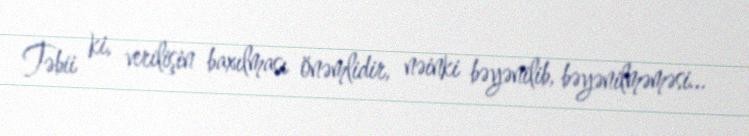
Təbii ki, verilişin baxılması önəmlidir, nəinki bəyənilib, bəyənilməməsi...